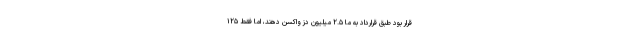
قرار بود طبق قرارداد به ما ۲.۵ میلیون دُز واکسن دهند، اما فقط ۱۲۵